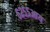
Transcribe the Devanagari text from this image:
६२५५आय